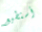
أستطيع